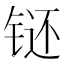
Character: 𲈂